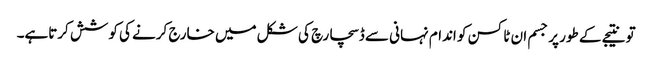
تو نتیجے کے طور پر جسم ان ٹاکسن کو اندام نہانی سے ڈسچارچ کی شکل میں خارج کرنے کی کوشش کرتاہے۔